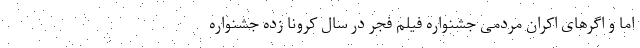
اما و اگرهای اکران مردمی جشنواره فیلم فجر در سال کرونا زده جشنواره